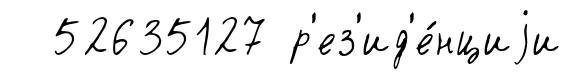
52635127 р'ез'ид'е́нциjи